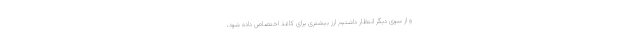
و از سوی دیگر انتظار داشتیم ارز بیشتری برای کاغذ اختصاص داده شود،